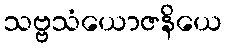
သဗ္ဗသံယောဇနိယေ